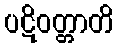
ပဋိဝတ္တာတိ